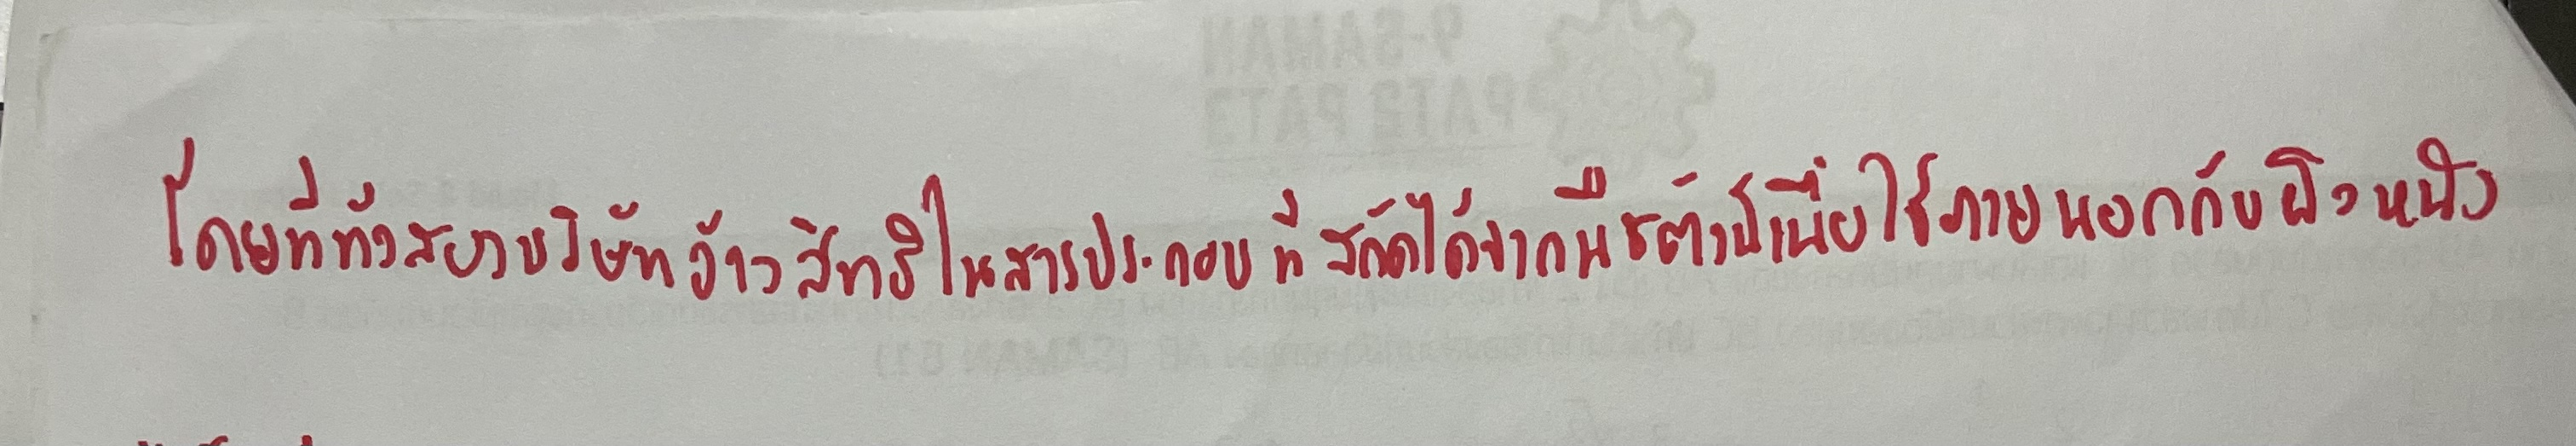
โดยที่ทั้งสองบริษัทอ้างสิทธิในสารประกอบที่สกัดได้จากพืชตัวนี้เพื่อใช้ภายนอกกับผิวหนัง